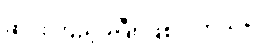
ဆင်းကြည့်ခဲ့ပြီး ဖြစ်ပါတယ်။